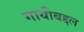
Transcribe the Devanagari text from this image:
गायीबद्दल